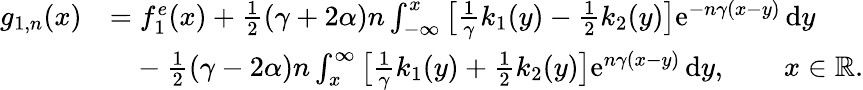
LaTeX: \begin{array}{rl}{g_{1,n}(x)}&{=f_{1}^{e}(x)+{\textstyle\frac 12}(\gamma+2\alpha)n\int_{-\infty}^{x}\big[\textstyle{\frac 1\gamma}k_{1}(y)-{\textstyle\frac 12}k_{2}(y)\big]\mathrm{e}^{-n\gamma(x-y)}\, \mathrm{d}y}\\ &{\phantom{=}-{\textstyle\frac 12}(\gamma-2\alpha)n\int_{x}^{\infty}\big[\textstyle{\frac 1\gamma}k_{1}(y)+{\textstyle\frac 12}k_{2}(y)\big]\mathrm{e}^{n\gamma(x-y)}\, \mathrm{d}y,\qquad x\in\mathbb{R}.}\end{array}